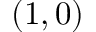
( 1 , 0 )